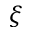
\xi